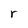
Character: r